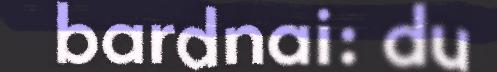
bardnai: du